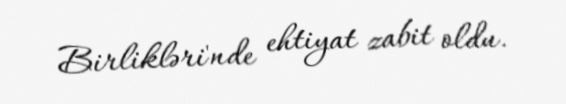
Birlikləri'nde ehtiyat zabit oldu.